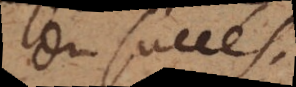
du succés.